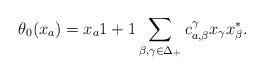
LaTeX: \begin{align*} \theta_0(x_a)=x_a\* 1+1\*\sum_{\beta,\gamma\in \Delta_+}c_{a,\beta}^{\gamma}x_{\gamma}x_{\beta}^*. \end{align*}